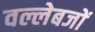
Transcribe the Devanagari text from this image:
वल्लेबजों